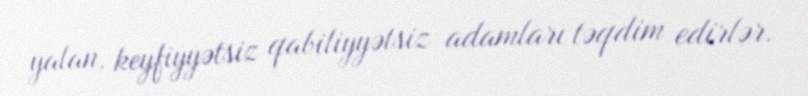
yalan, keyfiyyətsiz qabiliyyətsiz adamları təqdim edirlər.